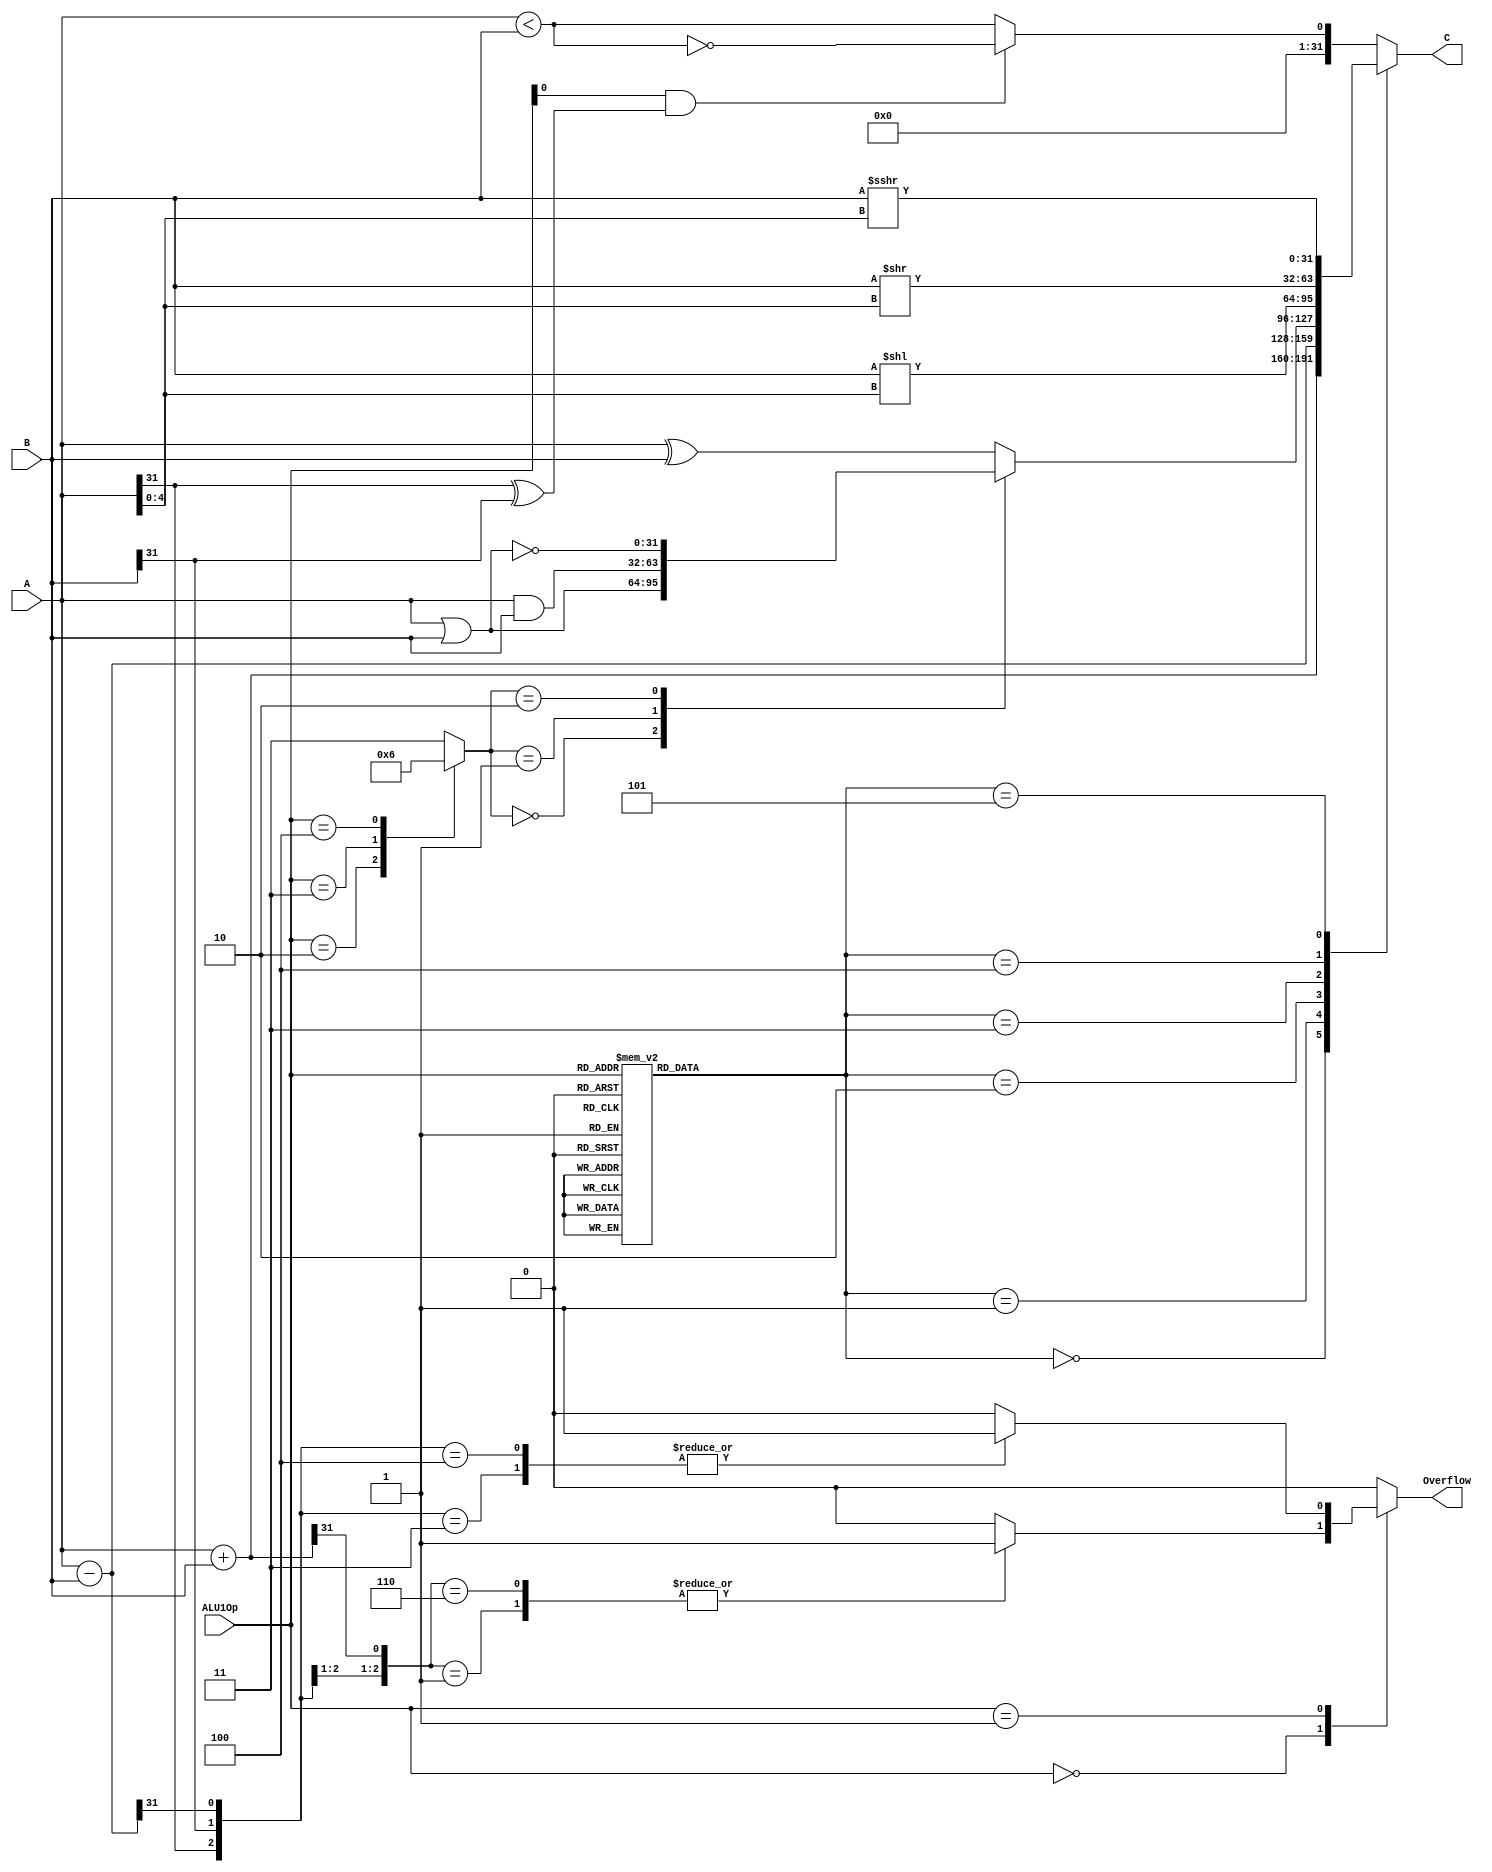
module alu1(
	A, B, ALU1Op,
	
	C,Overflow
	);
	input[31:0] A, B;
	input[3:0] ALU1Op;
	
	output reg Overflow;
	output reg[31:0] C;

	wire Less;
	
	wire[2:0] add_overflow;
	wire[2:0] sub_overflow;

	wire[31:0] add_result;
	wire[31:0] sub_result;
	wire[31:0] _or_result;
	wire[31:0] and_result;
	wire[31:0] nor_result;
	wire[31:0] xor_result;
	wire[31:0] sll_result;
	wire[31:0] srl_result;
	wire[31:0] sra_result;
	wire[31:0] cmp_result;

	reg[31:0] simple_result;
	reg[1:0] sel1;
	reg[2:0] sel2;

	assign add_result = A + B;
	assign sub_result = A - B;
	assign _or_result = A | B;
	assign and_result = A & B;
	assign nor_result = ~(A | B);
	assign xor_result = A ^ B;
	assign sll_result = B << A[4:0];
	assign srl_result = B >> A[4:0];
	assign sra_result = $signed(B) >>> A[4:0];
	assign cmp_result = {31'd0,Less};

	assign Less = (ALU1Op[0] && A[31]^B[31]) ? ~(A < B) : (A < B);
	//		ALU1Op == 4'b1001 : signed compare
	//		ALU1Op == 4'b1010 : unsigned compare

	always@(*)
		case(ALU1Op)
			4'b0010:			sel1 = 2'b00;		//or
			4'b0011:			sel1 = 2'b01;		//and
			4'b0100:			sel1 = 2'b10;		//nor
			default:			sel1 = 2'b11;		//xor
		endcase

	always@(*)
		case(sel1)
			2'b00:			simple_result = _or_result;		//or
			2'b01:			simple_result = and_result;		//and
			2'b10:			simple_result = nor_result;		//nor
			default:		simple_result = xor_result;		//xor
		endcase

	always@(*)
		case(ALU1Op)
			4'b0000, 4'b1011:	sel2 = 3'b000;		//add/addu
			4'b0001, 4'b1100:	sel2 = 3'b001;		//sub/subu
			4'b0010, 4'b0011, 
			4'b0100, 4'b0101:	sel2 = 3'b010;		//or/and/nor/xor
			4'b0110:			sel2 = 3'b011;		//logical left shift
			4'b0111:			sel2 = 3'b100;		//logical right shift
			4'b1000:			sel2 = 3'b101;		//arithmetical right shift
			default:			sel2 = 3'b110;		//signed/unsigned compare
		endcase
		

	always@(*)
		case(sel2)
			3'b000:				C = add_result;		//add/addu
			3'b001:				C = sub_result;		//sub/subu
			3'b010:				C = simple_result;	//or/and/nor/xor
			3'b011:				C = sll_result;		//logical left shift
			3'b100:				C = srl_result;		//logical right shift
			3'b101:				C = sra_result;		//arithmetical right shift
			default:			C = cmp_result;		//signed/unsigned compare
		endcase
	
	assign add_overflow = {A[31],B[31],add_result[31]};
	assign sub_overflow = {A[31],B[31],sub_result[31]};

	always@(ALU1Op,add_overflow, sub_overflow)
		case(ALU1Op)
		4'b0000:
			case(add_overflow)
				3'b110, 3'b001:		Overflow = 1'b1;
				default:			Overflow = 1'b0;
			endcase
		4'b0001:
			case(sub_overflow)
				3'b100, 3'b011:		Overflow = 1'b1;
				default:			Overflow = 1'b0;
			endcase
		default:	Overflow = 1'b0;
		endcase

endmodule